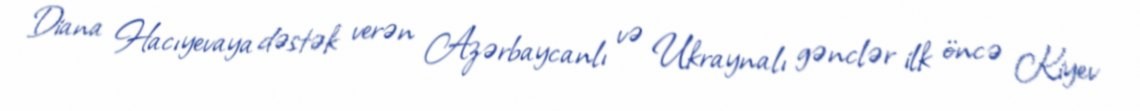
Diana Hacıyevaya dəstək verən Azərbaycanlı və Ukraynalı gənclər ilk öncə Kiyev